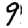
Digit: 9